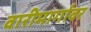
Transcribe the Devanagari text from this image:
वारीमार्गावर